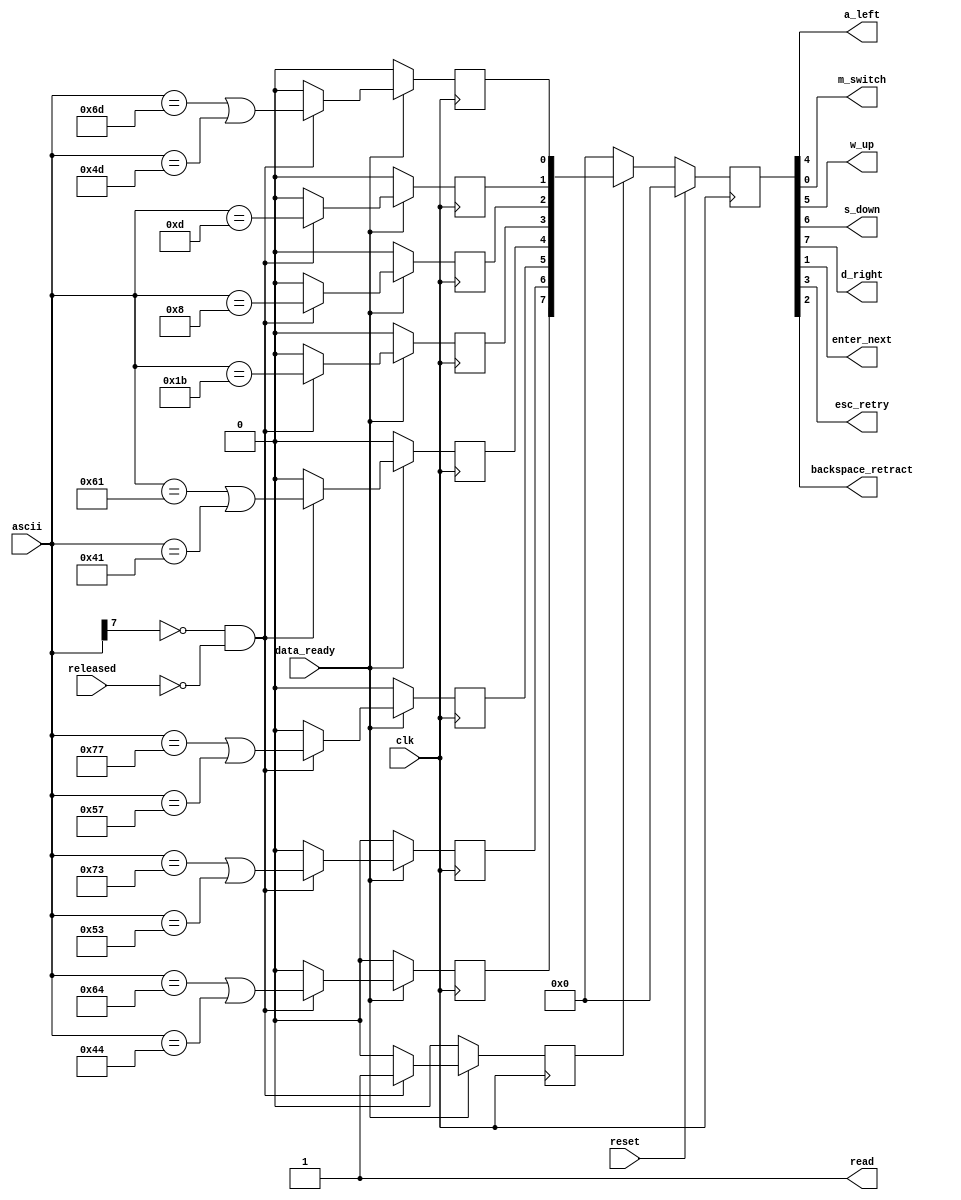
`timescale 1ns / 1ps
//////////////////////////////////////////////////////////////////////////////////
// Company: 
// Engineer:
// Module Name:    direct_instruction 

//////////////////////////////////////////////////////////////////////////////////

module direct_instruction(clk,reset,released,ascii,data_ready,read,a_left,m_switch,w_up,s_down,d_right,enter_next,esc_retry,backspace_retract);
    input clk;
    input reset;
    input released;
    input [7:0] ascii;
    input data_ready;
    output read;
    output a_left;
    output w_up;
    output s_down;
    output d_right;
    output m_switch;
	 output enter_next;
	 output esc_retry;
	 output backspace_retract;
	 // Parameters
		parameter a_CODE=8'h61;
		parameter w_CODE=8'h77;
		parameter s_CODE=8'h73;
		parameter d_CODE=8'h64;
		parameter A_CODE=8'h41;
		parameter W_CODE=8'h57;
		parameter S_CODE=8'h53;
		parameter D_CODE=8'h44;
		parameter ENTER_CODE=8'h0d;
		parameter BACKSPACE_CODE=8'h08;
		parameter ESC_CODE=8'h1b;
		parameter m_CODE=8'd109;
		parameter M_CODE=8'd77;
   // Internal signal declarations
	reg[7:0] q;
	//a_on,w_on,s_on,d_on
	reg  a_on,w_on,s_on,d_on,m_on;
	reg esc_on, backspace_on, enter_on;
	//wire read;
	reg key_on;
	always @(posedge clk)
	  begin
		 a_on=0;
		 w_on=0;
		 s_on=0;
		 d_on=0;
		 m_on=0;
		 enter_on=0;
		 esc_on=0;
		 backspace_on=0;
		 key_on=0;
		 if(data_ready)
   		begin
		    if((~ascii[7]) && (~released))
	      	begin
				 a_on= (ascii==a_CODE)||(ascii==A_CODE);
				 w_on  = (ascii==w_CODE)||(ascii==W_CODE);
				 s_on  = (ascii==s_CODE)||(ascii==S_CODE);
				 d_on  = (ascii==d_CODE)||(ascii==D_CODE);
				 m_on  = (ascii==m_CODE)||(ascii==M_CODE);
				 enter_on =(ascii==ENTER_CODE);
				 esc_on =(ascii==ESC_CODE);
				 backspace_on =(ascii==BACKSPACE_CODE);
				 key_on=1;
			  end
			 end  
		end	  
	//		  
	assign {d_right,s_down,w_up,a_left,esc_retry,backspace_retract,enter_next,m_switch}=q;
	assign read=1'b1;
   // 
	always @(posedge clk)
		if (reset)    q <= 0;
		else if(key_on)   q<= {d_on,s_on,w_on,a_on,esc_on,backspace_on,enter_on,m_on};
		else begin
			q<=0;
		end
endmodule